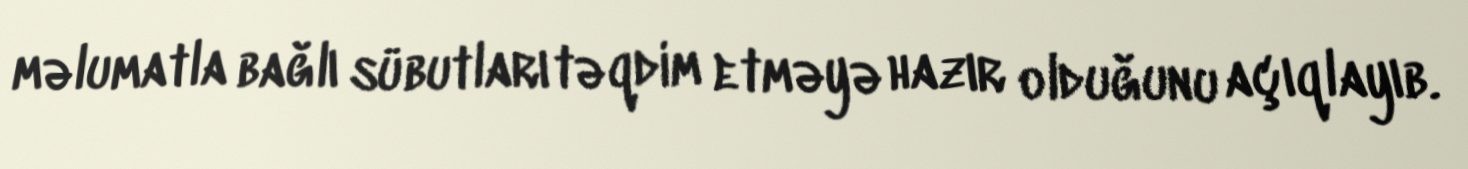
məlumatla bağlı sübutları təqdim etməyə hazır olduğunu açıqlayıb.